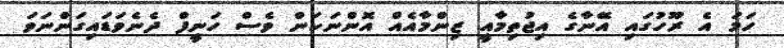
ހަމަ އެ ރޫހުގައި އޭނާގެ އިޖުތިމާއީ ޒިންމާއެއް އޮންނަކަން ވެސް ހަނީފް ދެނެވަޑައިގަންނަވަ